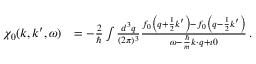
\begin{array} { r l } { \chi _ { 0 } ( \boldsymbol { k } , \boldsymbol { k } ^ { \prime } , \omega ) } & { = - \frac { 2 } { \hbar } \int \frac { d ^ { 3 } q } { ( 2 \pi ) ^ { 3 } } \frac { f _ { 0 } \left( \boldsymbol { q } + \frac { 1 } { 2 } \boldsymbol { k } ^ { \prime } \right) - f _ { 0 } \left( \boldsymbol { q } - \frac { 1 } { 2 } \boldsymbol { k } ^ { \prime } \right) } { \omega - \frac { \hbar } { m } \boldsymbol { k } \cdot \boldsymbol { q } + \imath 0 } \, . } \end{array}